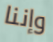
وإننا